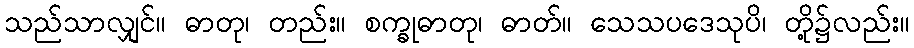
သည်သာလျှင်။ ဓာတု၊ တည်း။ စက္ခုဓာတု၊ ဓာတ်။ သေသပဒေသုပိ၊ တို့၌လည်း။